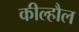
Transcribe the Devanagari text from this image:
कील्हौल